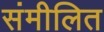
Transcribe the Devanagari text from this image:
संमीलित